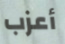
أعزب